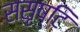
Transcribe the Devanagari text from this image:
ससृष्टि